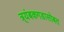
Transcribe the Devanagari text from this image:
त्र्यंबकगडासोबत